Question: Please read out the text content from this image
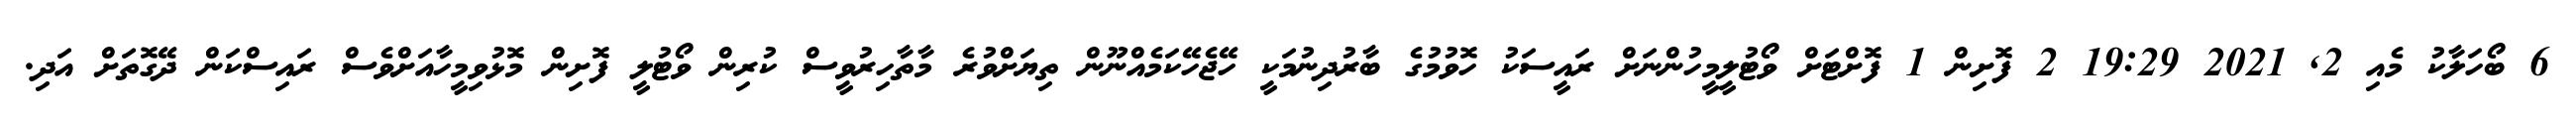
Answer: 6 ބޯހަލާކު މެއި 2, 2021 19:29 2 ފޮށިން 1 ފޮށްޓަށް ވޯޓުލީމީހުންނަށް ރައީސަކު ހޮވުމުގެ ބާރުދިނުމަކީ ހޭޖެހޭކަމެއްނޫން ތިޔަށްވުރެ މާތާހިރުވީސް ކުރިން ވޯޓުލީ ފޮށިން މޮޅުވިމީހާއަށްވެސް ރައިސްކަން ދޭގޮތަށް އަދި.